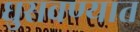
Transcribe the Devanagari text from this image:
घुसवण्यात